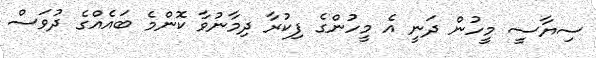
ސިޔާސީ މީހުން ދަނީ އެ މީހުންގެ ފިކުރާ ދިމާނުވާ ކޮންމެ ބައެއްގެ ދުވަސް